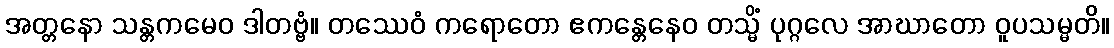
အတ္တနော သန္တကမေဝ ဒါတဗ္ဗံ။ တဿေဝံ ကရောတော ဧကန္တေနေဝ တသ္မိံ ပုဂ္ဂလေ အာဃာတော ဝူပသမ္မတိ။